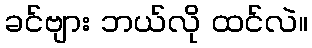
ခင်ဗျား ဘယ်လို ထင်လဲ။